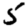
Digit: 5